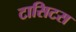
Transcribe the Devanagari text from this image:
टासिटस